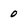
Character: 0